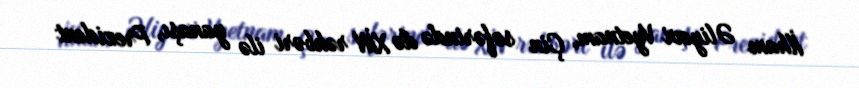
İlham Əliyevi Vyetnam, Çin səfərində də XİN rəhbəri ilə yanaşı, Prezident